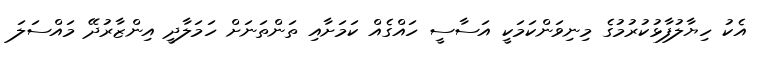
އެކު ހިޔާލުފާޅުކުރުމުގެ މިނިވަންކަމަކީ އަސާސީ ހައްގެއް ކަަމަށާއި ތަންތަނަށް ހަމަލާދީ އިންޒާރުދޭ މައްސަލަ